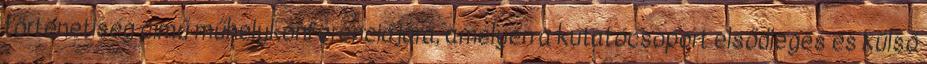
történetiség című műhelykonferenciájára, amelyen a kutatócsoport elsődleges és külső